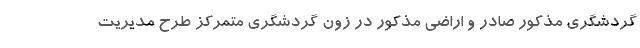
گردشگری مذکور صادر و اراضی مذکور در زون گردشگری متمرکز طرح مدیریت